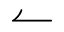
\leftharpoonup